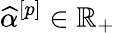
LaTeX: \widehat{\alpha}^{[p]}\in\mathbb{R}_{+}